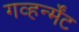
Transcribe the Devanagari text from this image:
गव्हर्न्मेंट